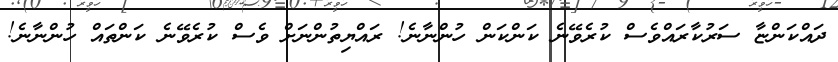
ދައްކަންޏާ ސަރުކާރައްވެސް ކުރެވޭނެ ކަންކަން ހުންނާނެ! ރައްޔިތުންނަށް ވެސް ކުރެވޭނެ ކަންތައް ހުންނާނެ!